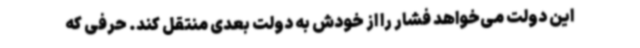
این دولت می‌خواهد فشار را از خودش به دولت بعدی منتقل کند. حرفی که